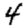
Digit: 4